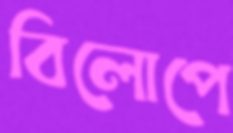
বিলোপে